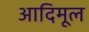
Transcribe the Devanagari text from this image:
आदिमूल